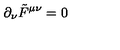
\partial _ { \nu } \tilde { F } ^ { \mu \nu } = 0